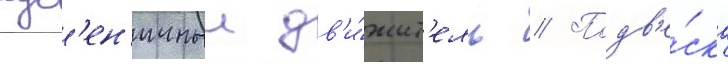
гус'ен'ичныи дв'и́жит'ель // Подв'е́ска